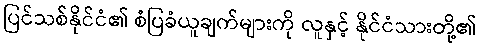
ပြင်သစ်နိုင်ငံ၏ စံပြခံယူချက်များကို လူနှင့် နိုင်ငံသားတို့၏